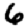
Digit: 6